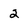
Character: 2